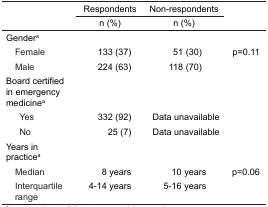
<table><thead><tr><td rowspan="3">[EMPTY_CELL]</td><td><b>Respondents</b></td><td><b>Non-respondents</b></td><td rowspan="3">[EMPTY_CELL]</td></tr><tr><td><b>n (%)</b></td><td><b>n (%)</b></td></tr></thead><tbody><tr><td>Gendera</td><td>[EMPTY_CELL]</td><td>[EMPTY_CELL]</td><td>[EMPTY_CELL]</td></tr><tr><td> Female</td><td>133 (37)</td><td>51 (30)</td><td>p=0.11</td></tr><tr><td> Male</td><td>224 (63)</td><td>118 (70)</td><td>[EMPTY_CELL]</td></tr><tr><td>Board certified in emergency medicinea</td><td>[EMPTY_CELL]</td><td>[EMPTY_CELL]</td><td>[EMPTY_CELL]</td></tr><tr><td> Yes</td><td>332 (92)</td><td>Data unavailable</td><td>[EMPTY_CELL]</td></tr><tr><td> No</td><td>25 (7)</td><td>Data unavailable</td><td>[EMPTY_CELL]</td></tr><tr><td>Years in practicea</td><td>[EMPTY_CELL]</td><td>[EMPTY_CELL]</td><td>[EMPTY_CELL]</td></tr><tr><td> Median</td><td>8 years</td><td>10 years</td><td>p=0.06</td></tr><tr><td> Interquartile range</td><td>4–14 years</td><td>5–16 years</td><td>[EMPTY_CELL]</td></tr></tbody></table>